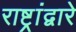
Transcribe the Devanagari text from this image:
राष्ट्रांद्वारे